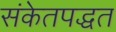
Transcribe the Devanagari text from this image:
संकेतपद्धत